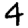
Digit: 4